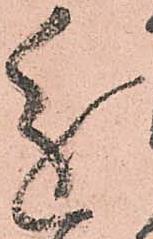
進